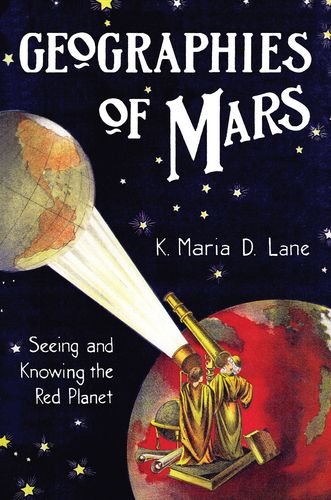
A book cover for Geographies of Mars: Seeing and Knowing the Red Planet; K. Maria D. Lane; Science & Math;